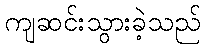
ကျဆင်းသွားခဲ့သည်